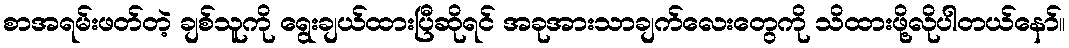
စာအရမ်းဖတ်တဲ့ ချစ်သူကို ရွေးချယ်ထားပြီဆိုရင် အခုအားသာချက်လေးတွေကို သိထားဖို့လိုပါတယ်နော်။